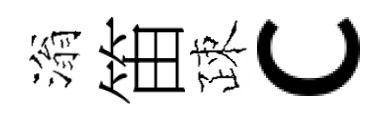
滃笛疎c